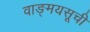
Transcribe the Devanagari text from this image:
वाङ्मयसूची